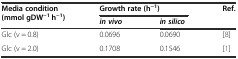
| <ROWSPAN=2> Media condition (mmol gDW−1 h−1) | <COLSPAN=2> Growth rate (h−1) | <ROWSPAN=2> Ref. |
 | in vivo | in silico |
 | --- | --- | --- | --- |
 | Glc (v = 0.8) | 0.0696 | 0.0690 | [8] |
 | Glc (v = 2.0) | 0.1708 | 0.1546 | [1] |